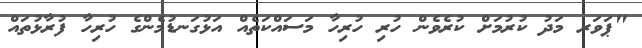
"ޕަވަރ މަދު ކުރުމަށް ކުރެވެން ހުރި ހުރިހާ މަސައްކަތެއް އަޅުގަނޑުމެންގެ ހުރިހާ ފުރާޅުތައް